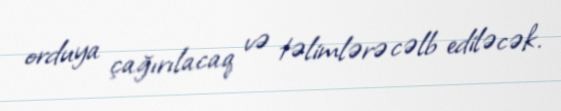
orduya çağırılacaq və təlimlərə cəlb ediləcək.